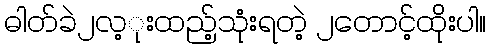
ဓါတ်ခဲ၂လ့ုးထည့်သုံးရတဲ့ ၂တောင့်ထိုးပါ။